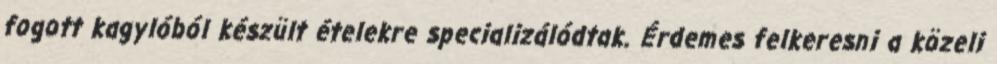
fogott kagylóból készült ételekre specializálódtak. Érdemes felkeresni a közeli